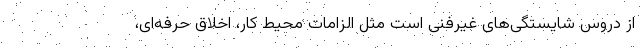
از دروس شایستگی‌های غیرفنی است مثل الزامات محیط کار، اخلاق حرفه‌ای،